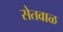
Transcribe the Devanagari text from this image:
सेतवाळ